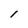
Character: I